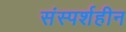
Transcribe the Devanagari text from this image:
संस्पर्शहीन